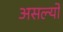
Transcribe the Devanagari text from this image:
असल्याे